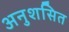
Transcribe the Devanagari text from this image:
अनुशसित